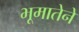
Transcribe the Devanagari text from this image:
भूमातेने